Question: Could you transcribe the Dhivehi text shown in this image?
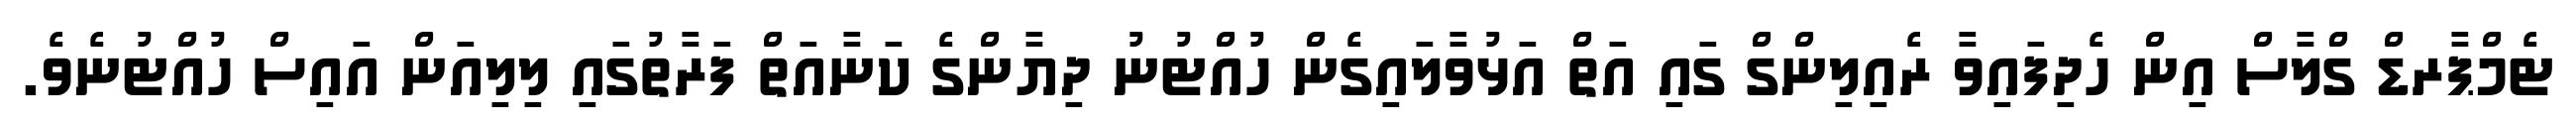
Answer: ޓެމްޕާރޑް ގްލާސް އިން ހެދިފައިވާ ރެއިލިންގް ގައި އަތް އަޅުވާލައިގެން ހުއްޓުނު ދިޔާންގެ ކަނާއަތް ފަރާތުގައި ލިލިއަން އައިސް ހުއްޓުނެވެ.